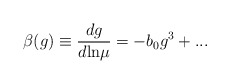
\begin{align*}\beta(g) \equiv \frac{d g}{d {\rm ln} \mu} = - b_0 g^3 + ...\end{align*}